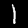
Digit: 1